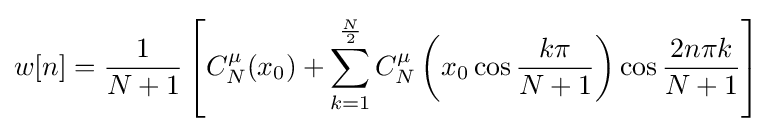
w[n]={\frac {1}{N+1}}\left[C_{N}^{\mu }(x_{0})+\sum _{k=1}^{\frac {N}{2}}C_{N}^{\mu }\left(x_{0}\cos {\frac {k\pi }{N+1}}\right)\cos {\frac {2n\pi k}{N+1}}\right]